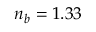
n _ { b } = 1 . 3 3